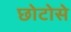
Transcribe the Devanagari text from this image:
छोटोसे